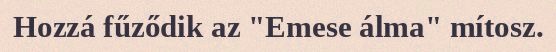
Hozzá fűződik az "Emese álma" mítosz.